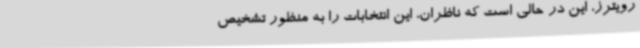
رویترز، این در حالی است که ناظران، این انتخابات را به منظور تشخیص